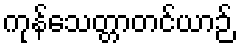
ကုန်သေတ္တာတင်ယာဉ်